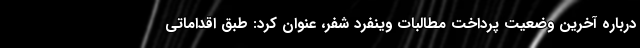
درباره آخرین وضعیت پرداخت مطالبات وینفرد شفر، عنوان کرد: طبق اقداماتی